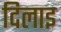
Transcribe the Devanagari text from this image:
दिलाइ